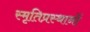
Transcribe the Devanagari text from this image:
स्मृतिप्रस्थानों